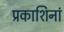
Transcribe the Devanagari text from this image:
प्रकाशिनां